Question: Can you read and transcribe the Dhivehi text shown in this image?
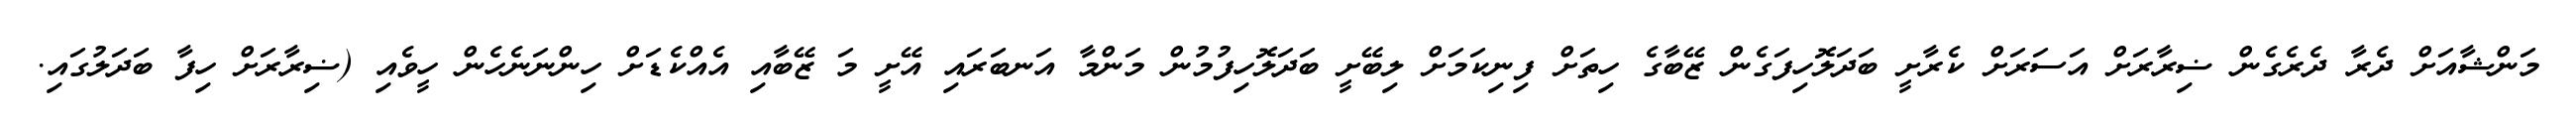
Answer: މަންޝާއަށް ދެރާ ދެރެގެން ޟިރާރަށް އަސަރަށް ކެރާށީ ބަދަލޮހިފަގެން ޒޭބާގެ ހިތަށް ފިނިކަމަށް ލިބޭށީ ބަދަލޮހިފުމުން މަންމާ އަނބަރައި އޭށީ މަ ޒޭބާއި އެއްކެޑަށް ހިންނަނެހެން ހީވެއި (ޟިރާރަށް ހިފާ ބަދަލުގައި.